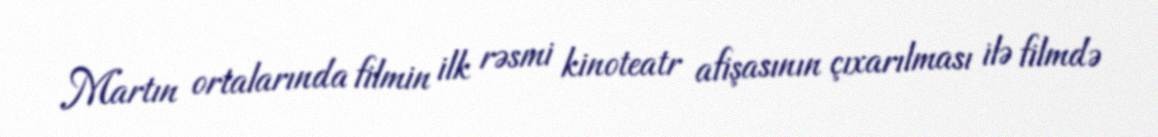
Martın ortalarında filmin ilk rəsmi kinoteatr afişasının çıxarılması ilə filmdə